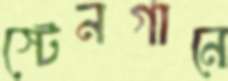
স্টেনগানে